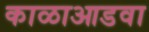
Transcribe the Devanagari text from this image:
काळाआडवा